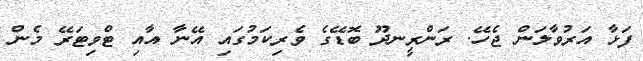
ފަޅާ އަރުވާލަން ޖެހޭ. ރަންރީނދޫ ބޮޑޭގެ ވެރިކަމުގައި އޭނާ އާއި ޓްވިޓަރޭ މެން